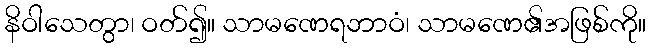
နိဝါသေတွာ၊ ဝတ်၍။ သာမဏေရဘာဝံ၊ သာမဏေ၏အဖြစ်ကို။